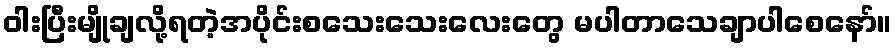
ဝါးပြီးမျိုချလို့ရတဲ့အပိုင်းစသေးသေးလေးတွေ မပါတာသေချာပါစေနော်။